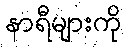
နာရီများကို